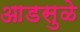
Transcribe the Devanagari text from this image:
आडसुळे